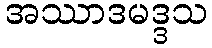
အဿာဒမဒ္ဒသ